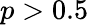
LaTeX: p>0.5